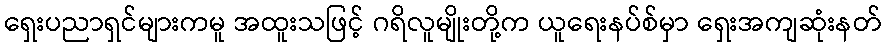
ရှေးပညာရှင်များကမူ အထူးသဖြင့် ဂရိလူမျိုးတို့က ယူရေးနပ်စ်မှာ ရှေးအကျဆုံးနတ်